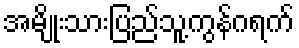
အမျိုးသားပြည်သူ့ကွန်ဂရက်